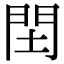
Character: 䦌